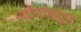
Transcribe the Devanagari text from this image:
नदीपात्रातून